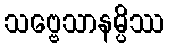
သဗ္ဗေသာနမ္ပိဿ